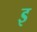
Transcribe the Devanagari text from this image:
इ